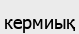
кермиық